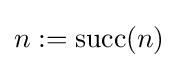
n:=\operatorname {succ} (n)